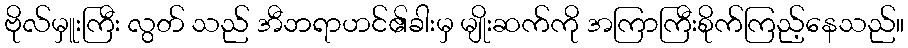
ဗိုလ်မှူးကြီး လွတ် သည် အီဘရာဟင်၏ခါးမှ မျိုးဆက်ကို အကြာကြီးစိုက်ကြည့်နေသည်။